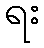
ရး